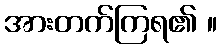
အားတက်ကြရ၏ ။